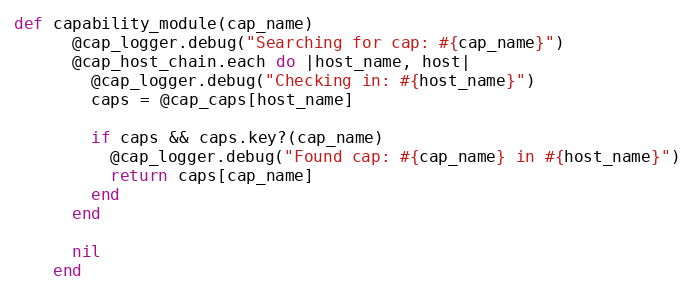
Language: Ruby
def capability_module(cap_name)
      @cap_logger.debug("Searching for cap: #{cap_name}")
      @cap_host_chain.each do |host_name, host|
        @cap_logger.debug("Checking in: #{host_name}")
        caps = @cap_caps[host_name]

        if caps && caps.key?(cap_name)
          @cap_logger.debug("Found cap: #{cap_name} in #{host_name}")
          return caps[cap_name]
        end
      end

      nil
    end